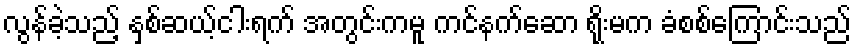
လွန်ခဲ့သည့် နှစ်ဆယ့်ငါးရက် အတွင်းကမူ ကင်နက်ဆော ရိုးမက ခံစစ်ကြောင်းသည်